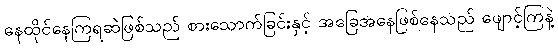
နေထိုင်နေကြရဆဲဖြစ်သည် စားသောက်ခြင်းနှင့် အခြေအနေဖြစ်နေသည် ဖျောင့်ကြနဲ့